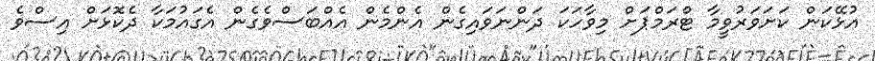
އުޅޭކަން ކަށަވަރުވީމާ ޓްރަމްޕަށް މިވާހަކަ ދަންނަވައިގެން އެންމެން އެއްބަސްވެގެން އެގައުމަކާ ދެކޮޅަށް އިސްވެ